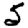
Digit: 5